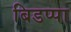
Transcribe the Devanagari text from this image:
बिडप्पा